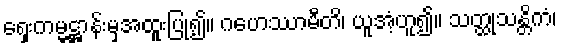
ရှေးကမ္မဋ္ဌာန်းမှအထူးပြု၍။ ဂဟေဿာမီတိ၊ ယူအံ့ဟူ၍။ သတ္ထုသန္တိကံ၊